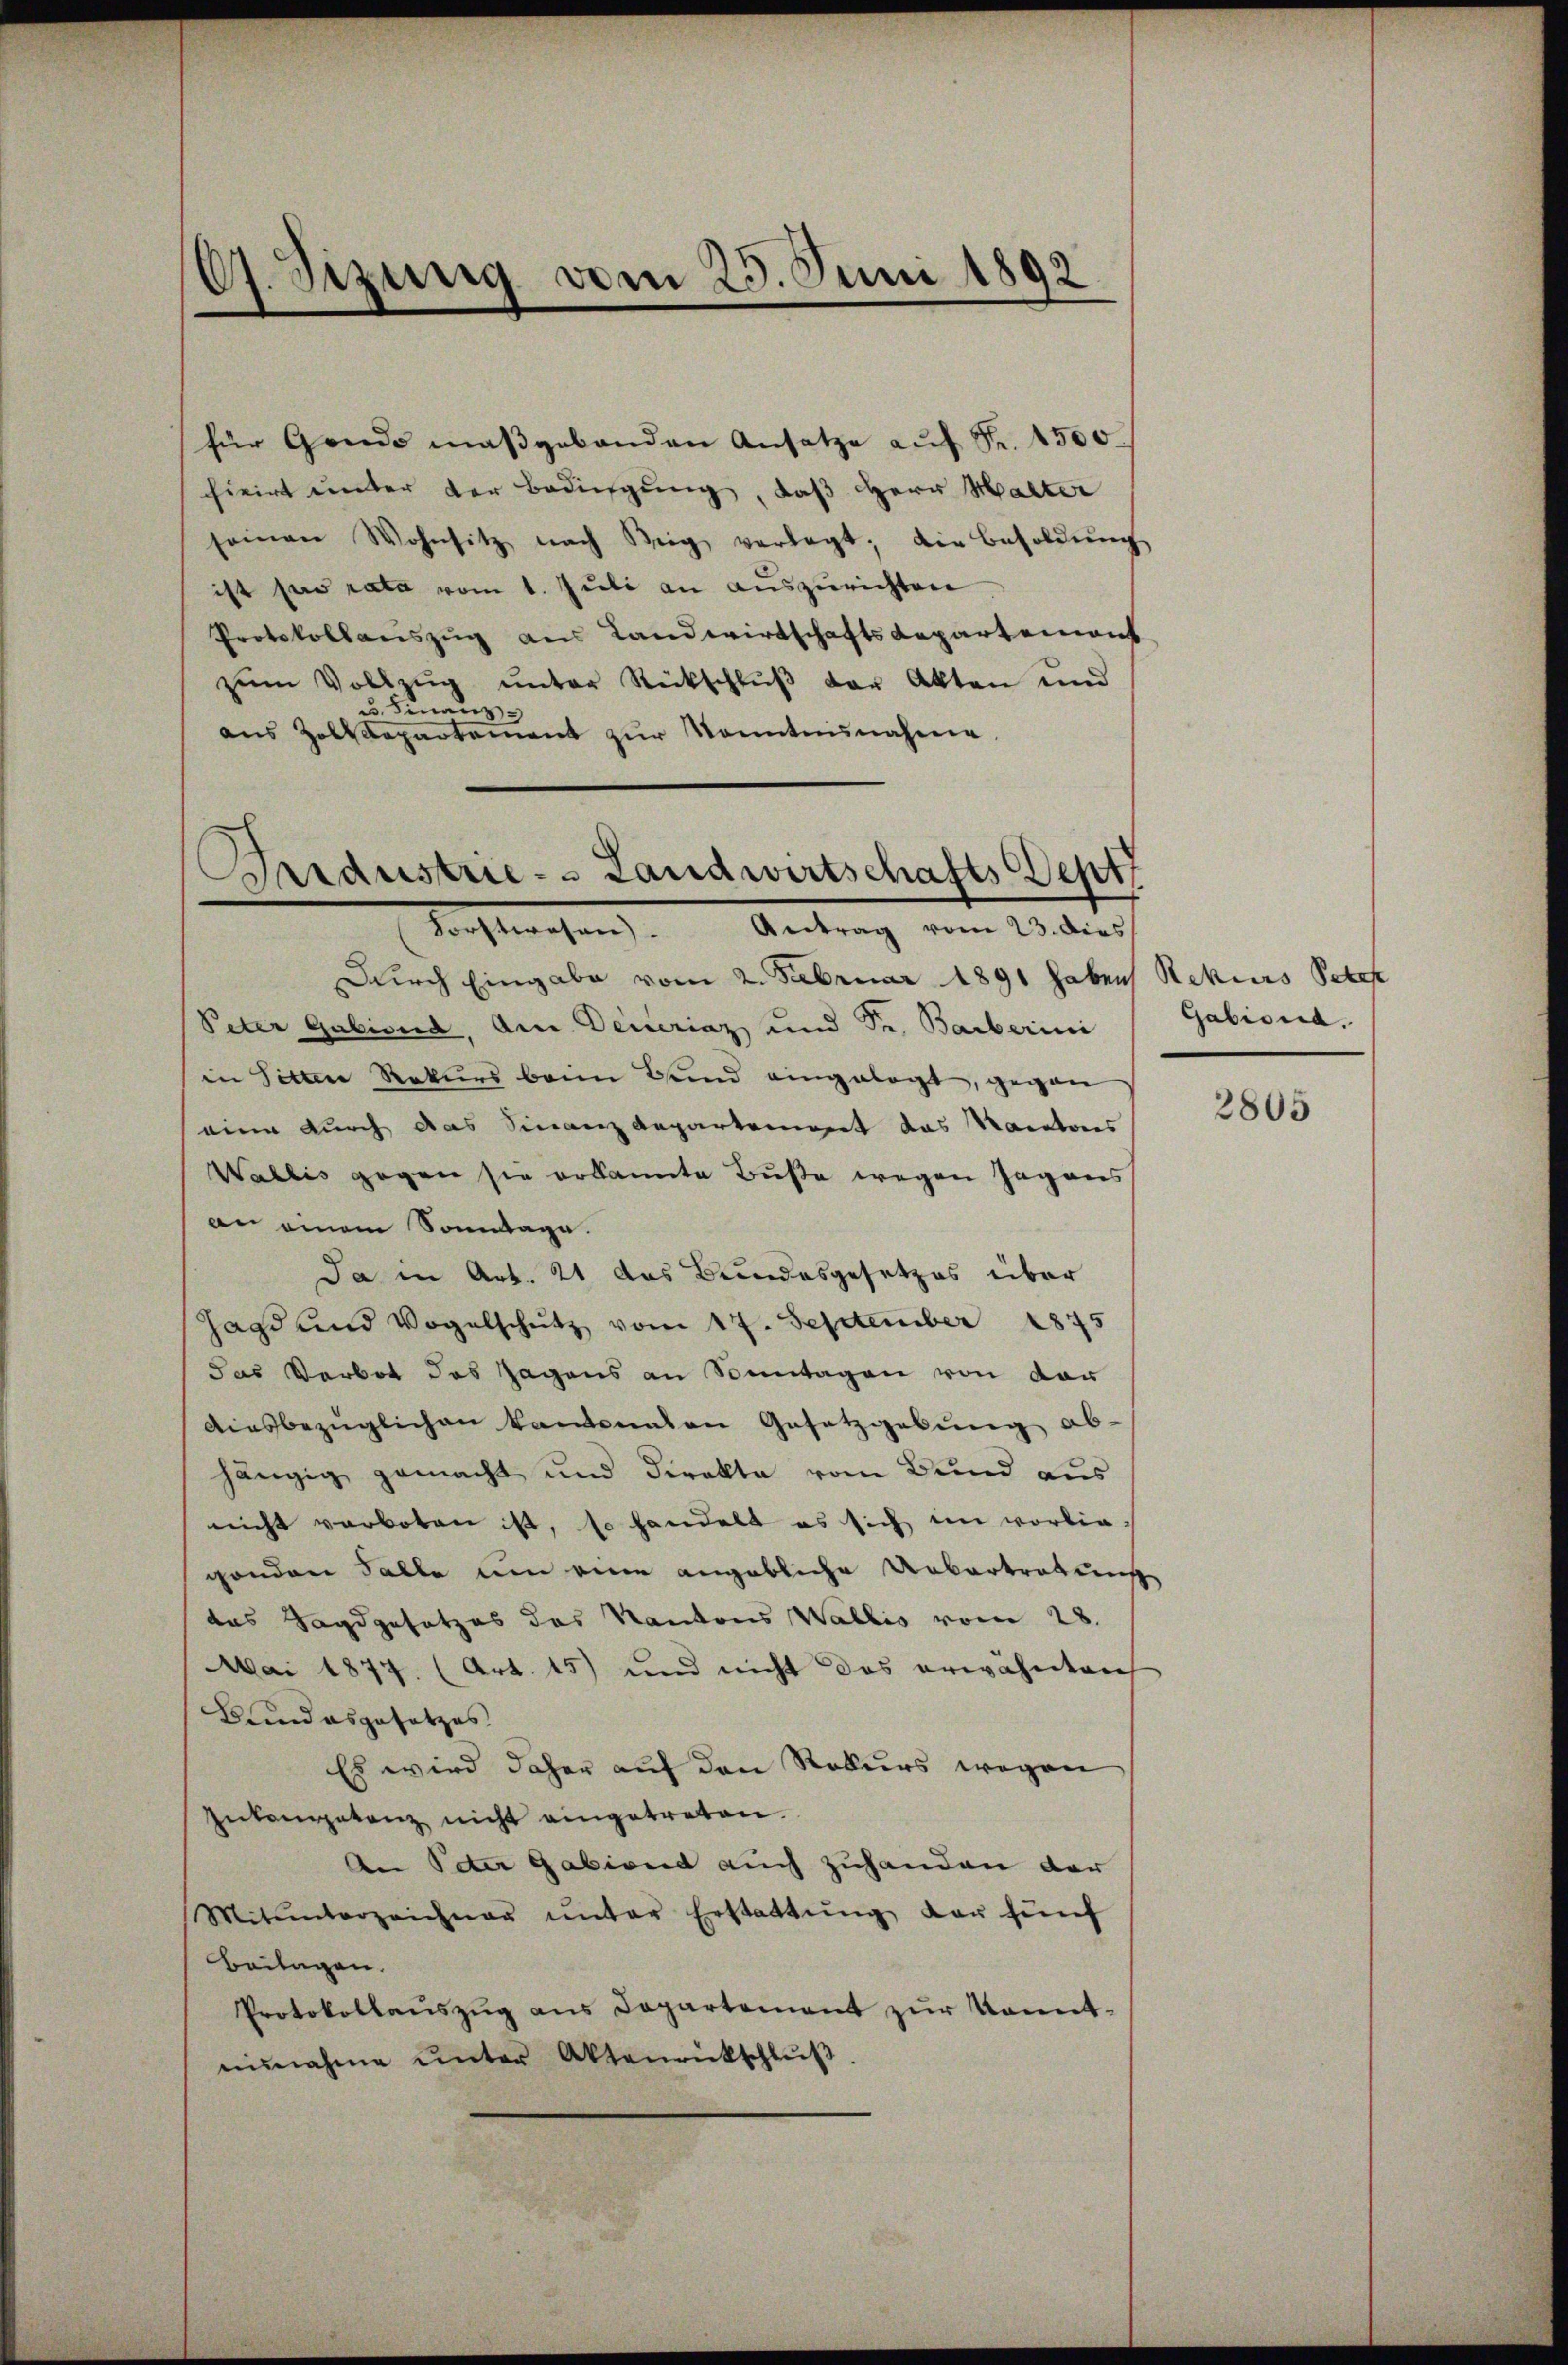
C. Sizung vom 25. Juni 1892.

für Gemde maßgebenden Ansatze aŭf Fr. 1500.
firirt unter der Bedingung, daß Herr Halter
seinen Wohnsitz nach Berg verlegt; die Besoldŭng
ist sa rata vom 1. Juli an auszurichten
Protokollauszug aus Landwirtschafts Repartement
zŭm Vollzŭg ŭnter Rückschlŭβ der Akten und
Finanz
aus Zolldepartement zur Kenntnisnahme

Arrdustrie- Landwirtschafts Sept
Forstwesen. Antrag vom 23. dies

Durch Eingabe vom 2. Februar 1891 haben
Peter Gabisud, An Deineriaz und Sr. Barbarini
in Sitten Rekurs beim Band eingelegt, gegen
eine durch das Finanzdepartement das Nacatoris
Wallis gegen sie erkannte Buße wegen Gegens
an einem Sonntage.
Da in Art. 21 das Bundesgesetzes über
Jagd und Vogelschutz vom 17. September 1875
das Verbot des Jagens an Sonntagen von der
Aiesbezüglichen kantonalen Gesetzgebung ab.
hängig gemacht und direkte vom Bund aus
nicht verboten ist, so handelt es sich im vorlie-
genden Falle um eine angebliche Uebertretunge
das Sagdgesetzes des Kantons Wallis vom 28.
MMai 1877 (Art. 15) und nicht das erwähnten
Bund abgesetzes
Es wird daher auf den Rekurs wegen
Inkompetenz nicht eingetreten.
An Peter Gabiond auch zuhanden der
Mitunterzeichner ŭnter Erstattŭng der fünf
Beilagen.
Protokollaŭszŭg ans Departement zur konntnisnahme ŭnter Aktenrückschlŭβ

Rekurs Peter
Gabiona.

2805